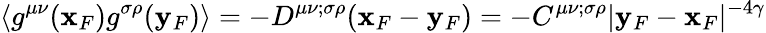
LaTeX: \langle g^{\mu\nu}({\mathbf x}_{F})g^{\sigma\rho}({\mathbf y}_{F})\rangle=-D^{\mu\nu;\sigma\rho}({\mathbf x}_{F}-{\mathbf y}_{F})=-C^{\mu\nu;\sigma\rho}\vert{\mathbf y}_{F}-{\mathbf x}_{F}\vert^{-4\gamma}